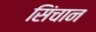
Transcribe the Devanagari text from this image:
सिंचान